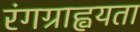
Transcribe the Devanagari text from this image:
रंगग्राह्वयता